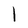
Character: l